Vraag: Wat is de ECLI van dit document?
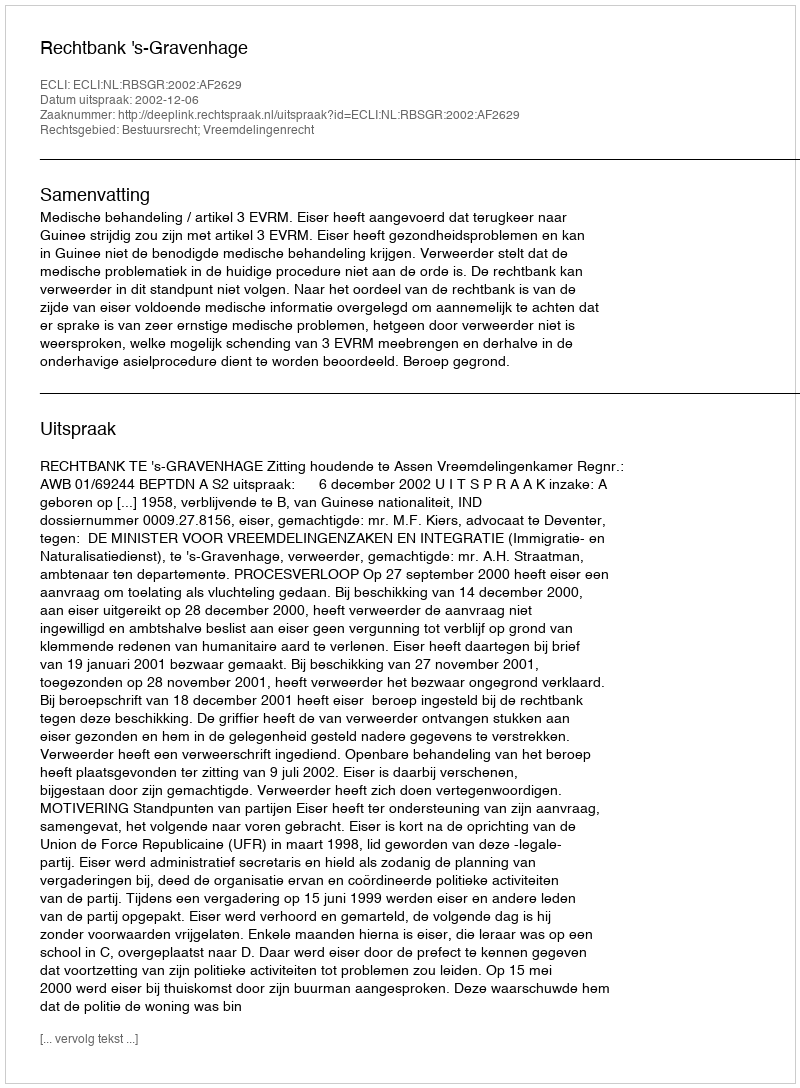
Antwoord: ECLI:NL:RBSGR:2002:AF2629